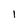
Character: I